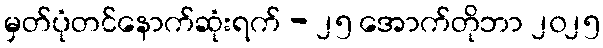
မှတ်ပုံတင်နောက်ဆုံးရက် - ၂၅ အောက်တိုဘာ ၂၀၂၅